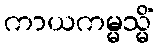
ကာယကမ္မသ္မိံ